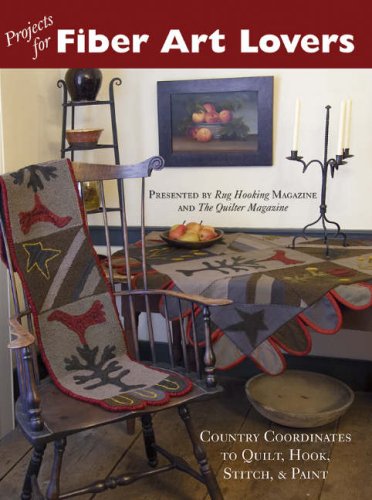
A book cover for Projects For Fiber Art Lovers: Country Coordinates to Quilt, Hook, Stitch, & Paint; Crafts, Hobbies & Home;